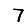
Digit: 7